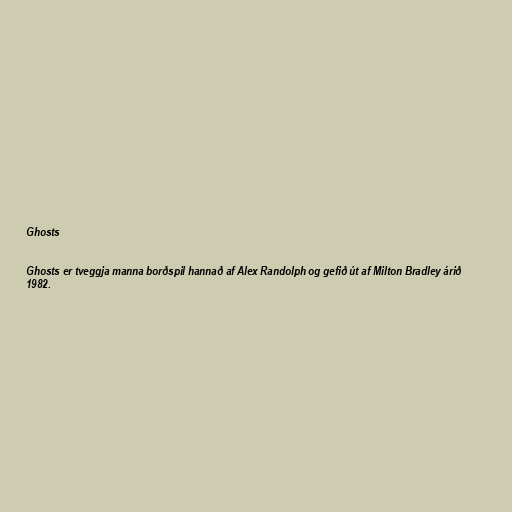
Ghosts

Ghosts er tveggja manna borðspil hannað af Alex Randolph og gefið út af Milton Bradley árið
1982.